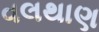
વલથાણ